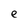
Character: e